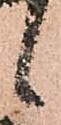
候